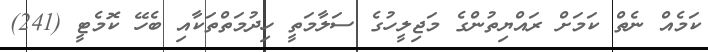
ކަމެއް ނެތް ކަމަށް ރައްޔިތުންގެ މަޖިލީހުގެ ސަލާމަތީ ހިދުމަތްތަކާއި ބެހޭ ކޮމެޓީ (241)